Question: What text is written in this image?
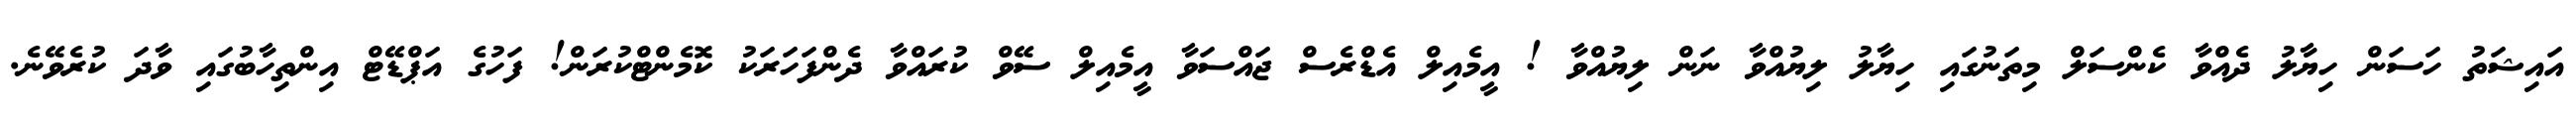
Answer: އައިޝަތު ހަސަން ހިޔާލު ދެއްވާ ކެންސަލް މިތަނުގައި ހިޔާލު ލިޔުއްވާ ނަން ލިޔުއްވާ ! އީމެއިލް އެޑްރެސް ޖައްސަވާ އީމެއިލް ސޭވް ކުރައްވާ ދެންފަހަރަކު ކޮމެންޓްކުރަން! ފަހުގެ އަޕްޑޭޓް އިންތިހާބުގައި ވާދަ ކުރެވޭނެ.